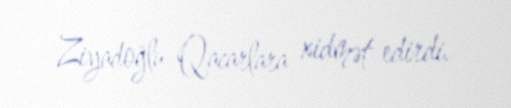
Ziyadoğlu-Qacarlara xidmət edirdi.